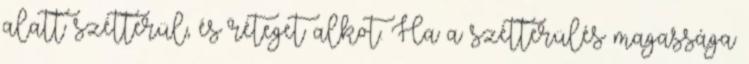
alatt szétterül, és réteget alkot. Ha a szétterülés magassága